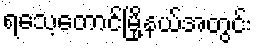
ရသေ့တောင်မြို့နယ်အတွင်း